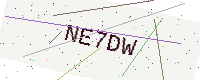
Text: NE7DW